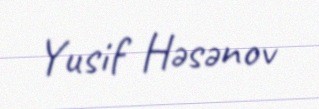
Yusif Həsənov